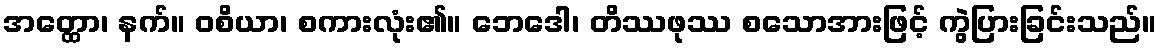
အတ္ထော၊ နက်။ ဝစိယာ၊ စကားလုံး၏။ ဘေဒေါ၊ တိဿဖုဿ စသောအားဖြင့် ကွဲပြားခြင်းသည်။